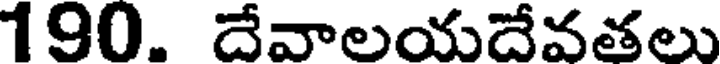
190. దేవాలయదేవతలు